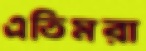
এতিমরা